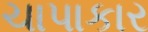
ચાપાકાર